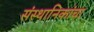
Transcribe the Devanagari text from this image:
संस्थानिकांचा